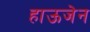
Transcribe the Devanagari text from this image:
हाऊजेन